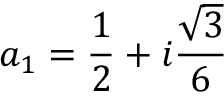
a _ { 1 } = \frac { 1 } { 2 } + i \frac { \sqrt { 3 } } { 6 }